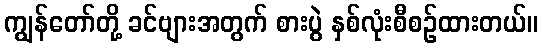
ကျွန်တော်တို့ ခင်ဗျားအတွက် စားပွဲ နှစ်လုံးစီစဉ်ထားတယ်။